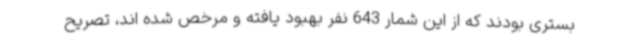
بستری بودند که از این شمار 643 نفر بهبود یافته و مرخص شده اند، تصریح